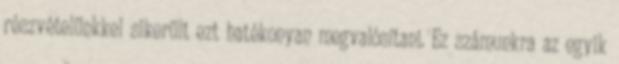
részvételünkkel sikerült ezt hatékonyan megvalósítani. Ez számunkra az egyik